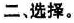
二、选择。